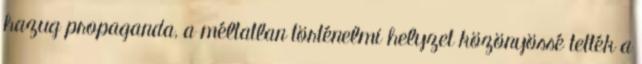
hazug propaganda, a méltatlan történelmi helyzet közönyössé tették a